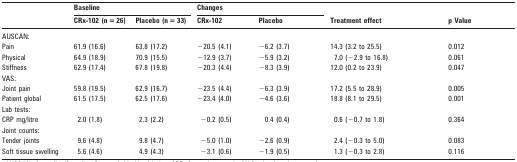
<table><thead><tr><td rowspan="2"></td><td colspan="2"><b>Baseline</b></td><td colspan="2"><b>Changes</b></td><td rowspan="2"><b>Treatment effect</b></td><td rowspan="2"><b>p Value</b></td></tr><tr><td><b>CRx-102 (n = 26)</b></td><td><b>Placebo (n = 33)</b></td><td><b>CRx-102</b></td><td><b>Placebo</b></td></tr></thead><tbody><tr><td>AUSCAN:</td><td></td><td></td><td></td><td></td><td></td><td></td></tr><tr><td>Pain</td><td>61.9 (16.6)</td><td>63.8 (17.2)</td><td>−20.5 (4.1)</td><td>−6.2 (3.7)</td><td>14.3 (3.2 to 25.5)</td><td>0.012</td></tr><tr><td>Physical</td><td>64.9 (18.9)</td><td>70.9 (15.5)</td><td>−12.9 (3.7)</td><td>−5.9 (3.2)</td><td>7.0 (−2.9 to 16.8)</td><td>0.061</td></tr><tr><td>Stiffness</td><td>62.9 (17.4)</td><td>67.8 (19.8)</td><td>−20.3 (4.4)</td><td>−8.3 (3.9)</td><td>12.0 (0.2 to 23.9)</td><td>0.047</td></tr><tr><td>VAS:</td><td></td><td></td><td></td><td></td><td></td><td></td></tr><tr><td>Joint pain</td><td>59.8 (19.5)</td><td>62.9 (16.7)</td><td>−23.5 (4.4)</td><td>−6.3 (3.9)</td><td>17.2 (5.5 to 28.9)</td><td>0.005</td></tr><tr><td>Patient global</td><td>61.5 (17.5)</td><td>62.5 (17.6)</td><td>−23.4 (4.0)</td><td>−4.6 (3.6)</td><td>18.8 (8.1 to 29.5)</td><td>0.001</td></tr><tr><td>Lab tests:</td><td></td><td></td><td></td><td></td><td></td><td></td></tr><tr><td>CRP mg/litre</td><td>2.0 (1.8)</td><td>2.3 (2.2)</td><td>−0.2 (0.5)</td><td>0.4 (0.4)</td><td>0.6 (−0.7 to 1.8)</td><td>0.364</td></tr><tr><td>Joint counts:</td><td></td><td></td><td></td><td></td><td></td><td></td></tr><tr><td>Tender joints</td><td>9.6 (4.8)</td><td>9.8 (4.7)</td><td>−5.0 (1.0)</td><td>−2.6 (0.9)</td><td>2.4 (−0.3 to 5.0)</td><td>0.083</td></tr><tr><td>Soft tissue swelling</td><td>5.6 (4.6)</td><td>4.9 (4.3)</td><td>−3.1 (0.6)</td><td>−1.9 (0.5)</td><td>1.3 (−0.3 to 2.8)</td><td>0.116</td></tr></tbody></table>